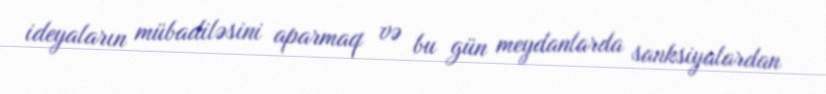
ideyaların mübadiləsini aparmaq və bu gün meydanlarda sanksiyalardan